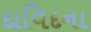
દાવિદના